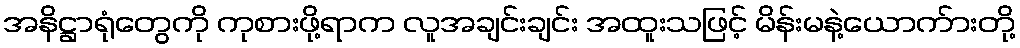
အနိဋ္ဌာရုံတွေကို ကုစားဖို့ရာက လူအချင်းချင်း အထူးသဖြင့် မိန်းမနဲ့ယောက်ားတို့